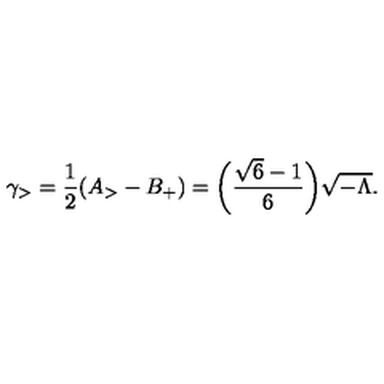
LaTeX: \gamma _ { > } = \frac { 1 } { 2 } ( A _ { > } - B _ { + } ) = \biggl ( \frac { \sqrt { 6 } - 1 } { 6 } \biggr ) \sqrt { - \Lambda } .